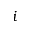
i